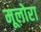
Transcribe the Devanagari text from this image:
मूलोरा